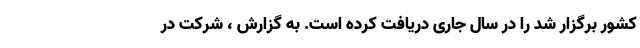
کشور برگزار شد را در سال جاری دریافت کرده است. به گزارش ، شرکت در